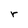
Character: r